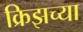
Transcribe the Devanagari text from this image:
क्रिझच्या